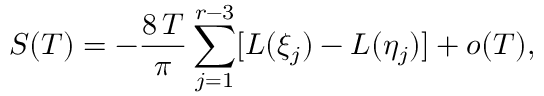
S ( T ) = - \frac { 8 \, T } { \pi } \sum _ { j = 1 } ^ { r - 3 } [ L ( \xi _ { j } ) - L ( \eta _ { j } ) ] + o ( T ) ,